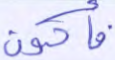
فأكون